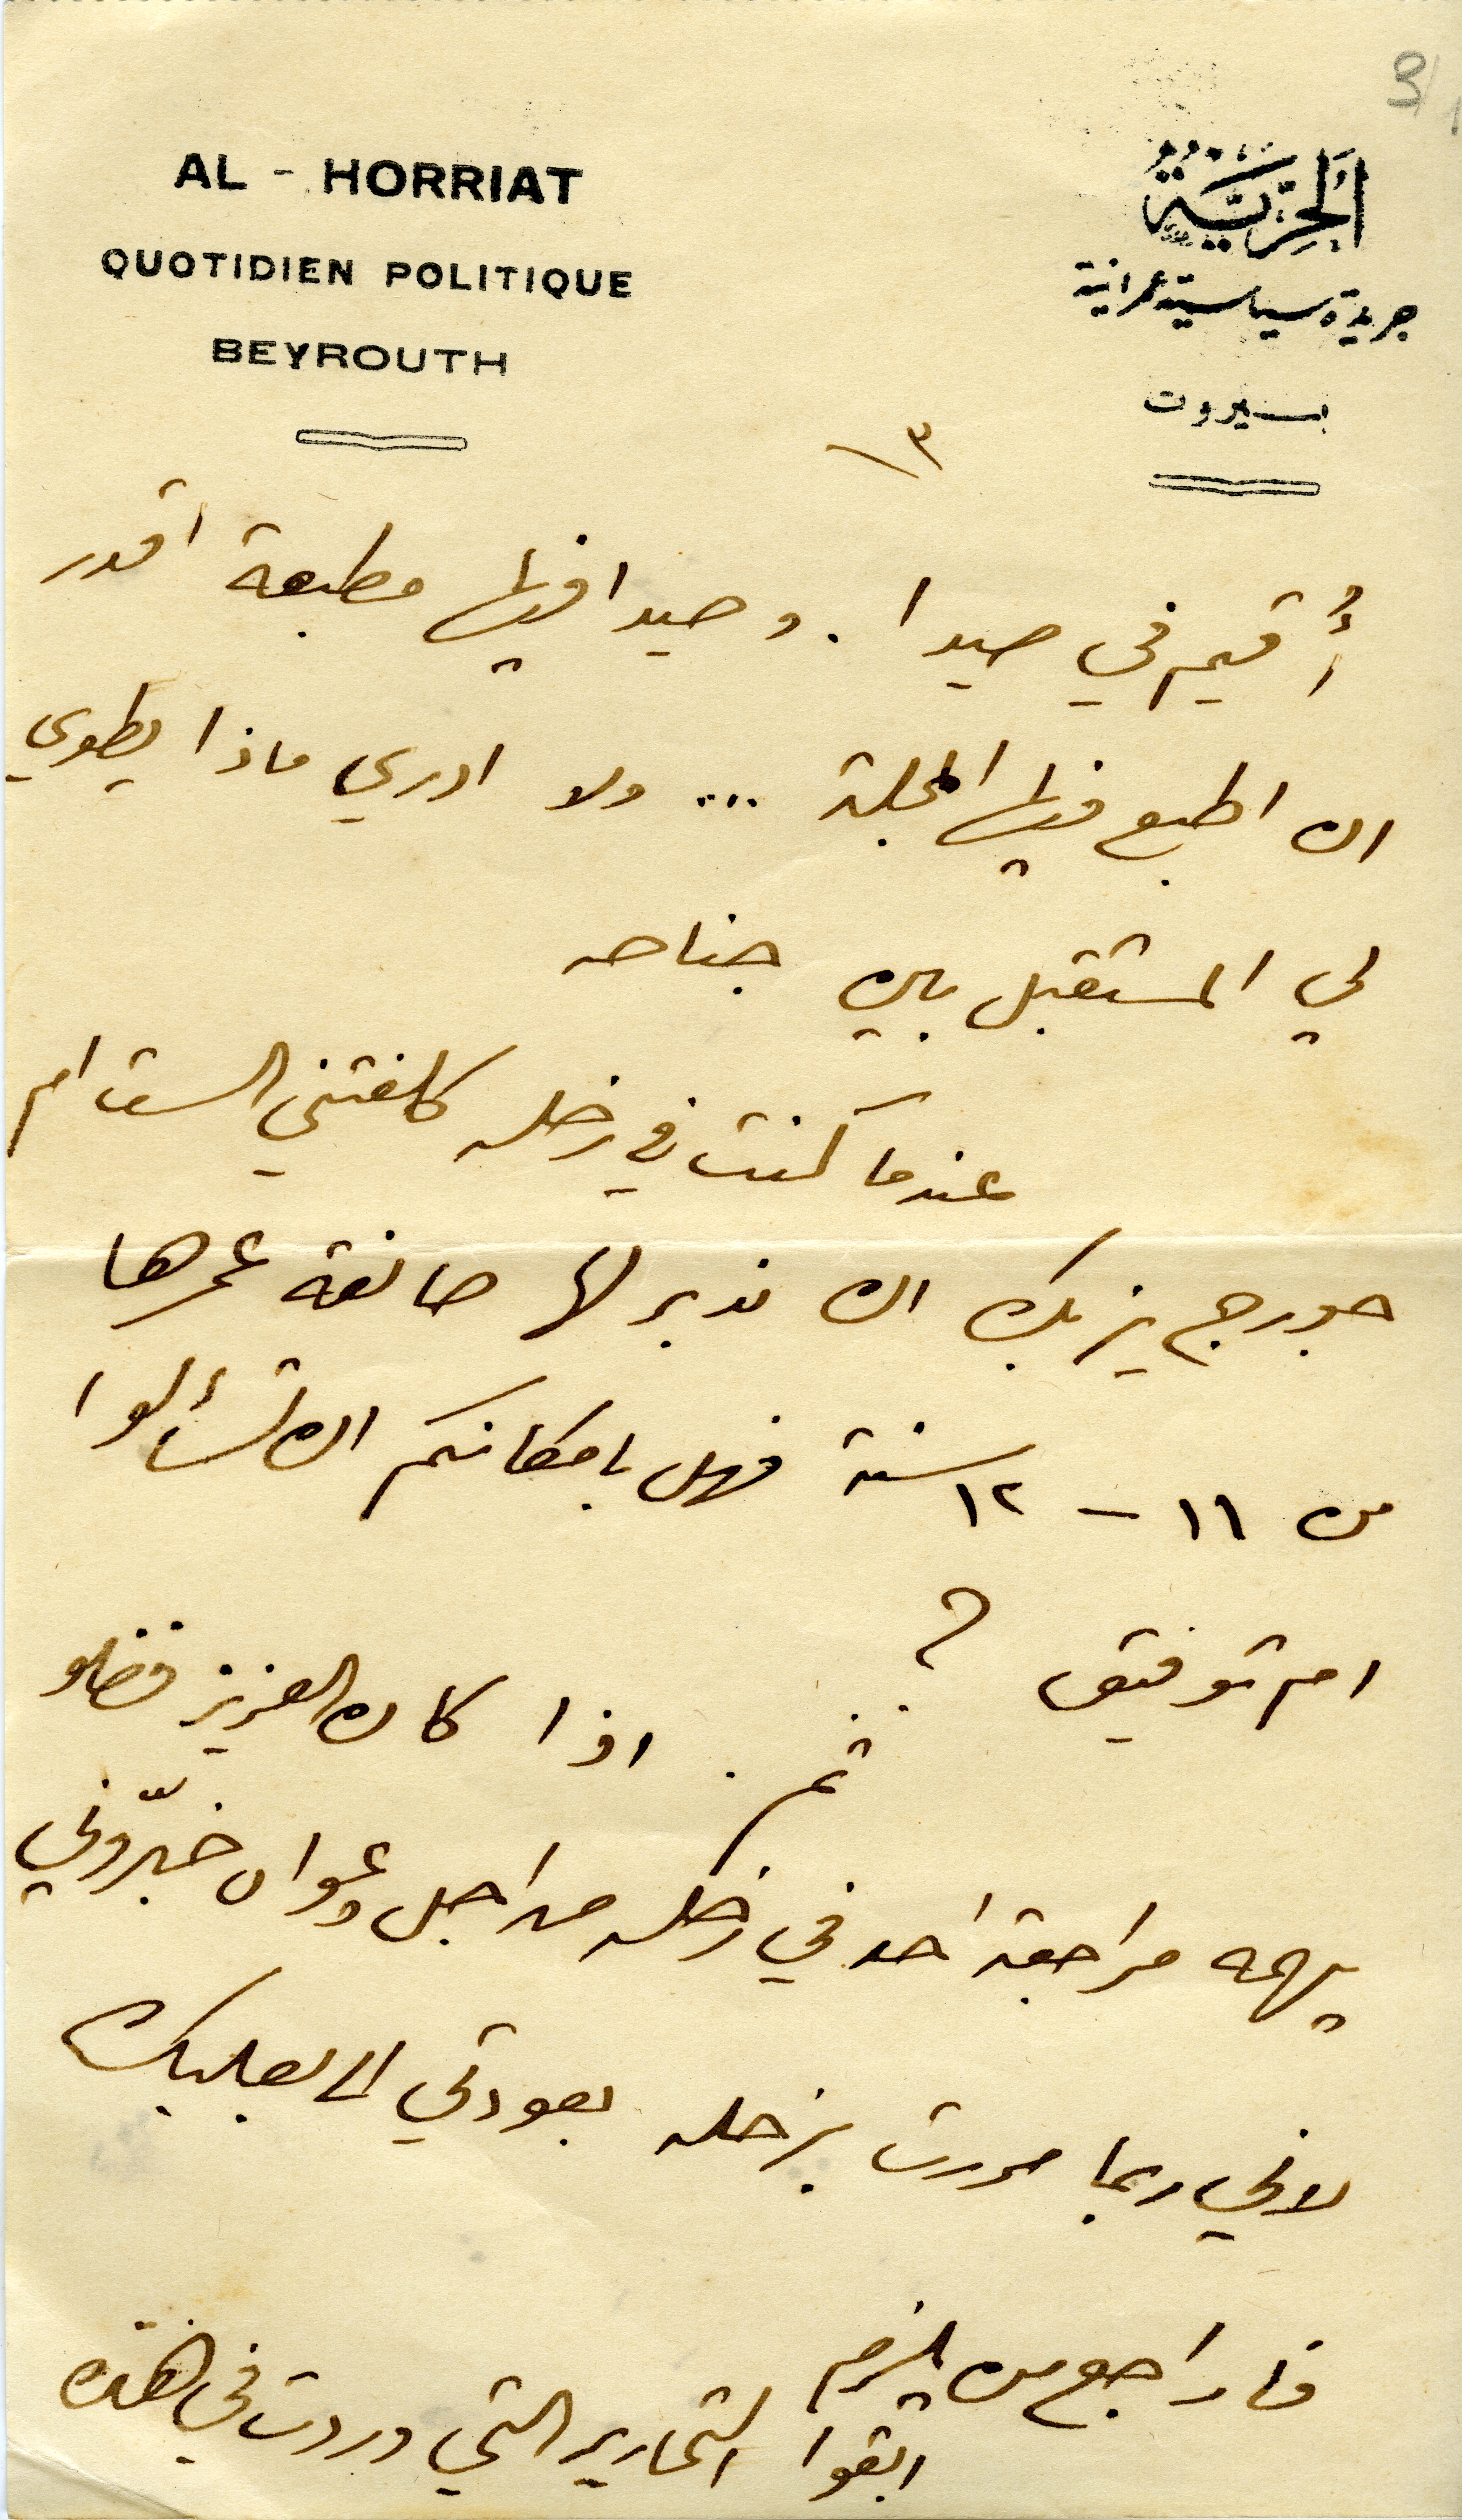
3
اَلحُرِيّةُ
جريدة سياسية عمرانية
بيروت
AL – HORRIAT
QUOTIDIEN POLITIQUE
BEYROUTH
١٣
أُقيم في صيدا. وصيدا فيها مطبعة اقدر
ان اطبع فيها المجلة... ولا ادرى ماذا يطوي
لي المستقبل بين جناحه
عندما كنت في زحله كلفتني الست ام
جورج يزبك ان ندبر لها صانعة عمرها
من ١١ - ١٢ سنة فهل بامكانكم ان تسألوا
ام توفيق؟
ثم. اذا كان العزيز فضلو
يهمه مراجعة احد في زحله من اجل دعواه خبّروني
لاني ربما مررت بزحله بعودتي الى بعلبك
فاراجع من يلزم
ابقوا التحارير التي وردت في هذه